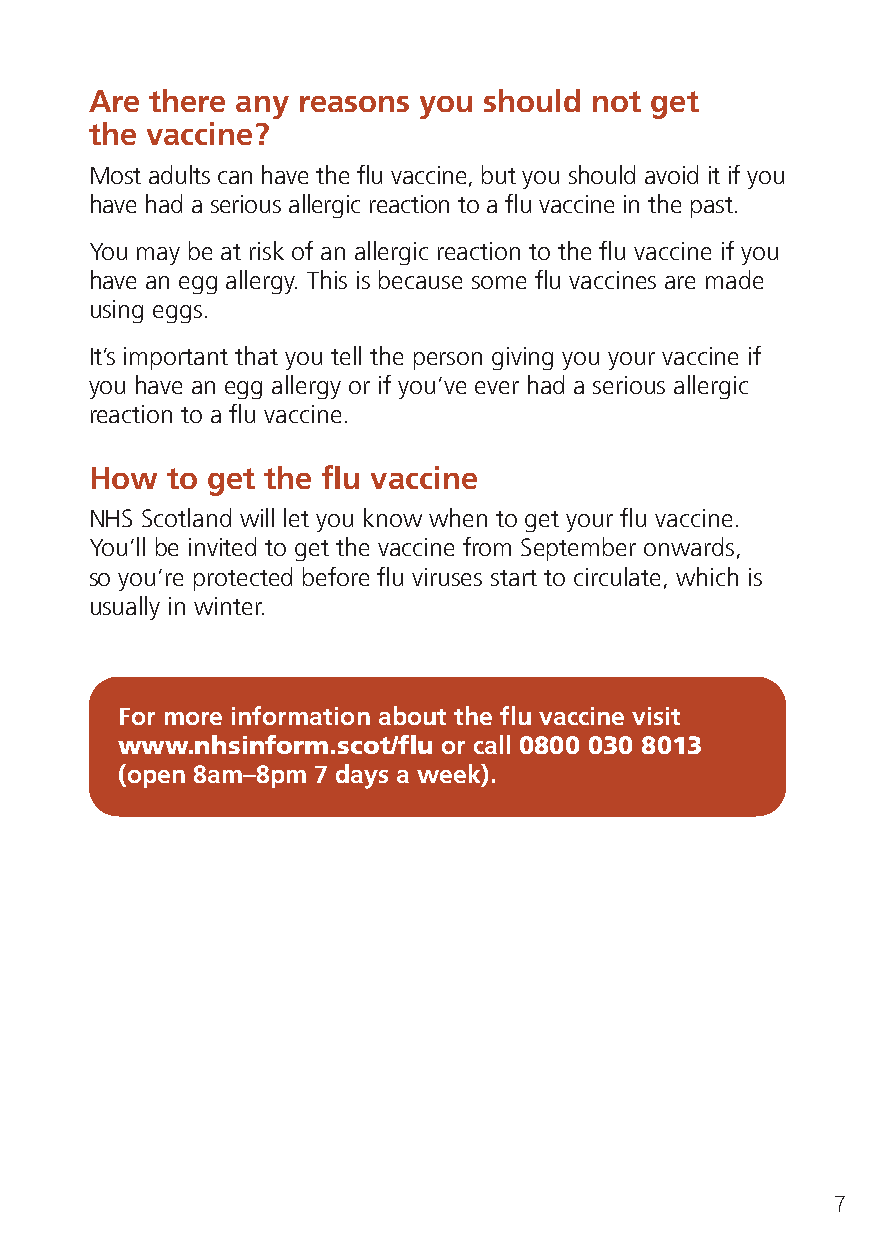
Are there any reasons you should not get
 the vaccine?
 Most adults can have the flu vaccine, but you should avoid it if you
 have had a serious allergic reaction to a flu vaccine in the past.
 You may be at risk of an allergic reaction to the flu vaccine if you
 have an egg allergy. This is because some flu vaccines are made
 using eggs.
 It’s important that you tell the person giving you your vaccine if
 you have an egg allergy or if you’ve ever had a serious allergic
 reaction to a flu vaccine.
 How  to get the flu vaccine
 NHS Scotland will let you know when to get your flu vaccine.
 You’ll be invited to get the vaccine from September onwards,
 so you’re protected before flu viruses start to circulate, which is
 usually in winter.
 For more information about the flu vaccine visit
 www.nhsinform.scot/flu or call 0800 030 8013
 (open 8am–8pm 7 days a week).
 7